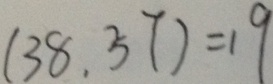
( 3 8 , 5 7 ) = 1 9